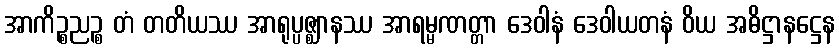
အာကိဉ္စညဉ္စ တံ တတိယဿ အာရုပ္ပဇ္ဈာနဿ အာရမ္မဏတ္တာ ဒေဝါနံ ဒေဝါယတနံ ဝိယ အဓိဋ္ဌာနဋ္ဌေန